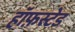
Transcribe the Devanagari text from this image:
हॉफ़स्टेड